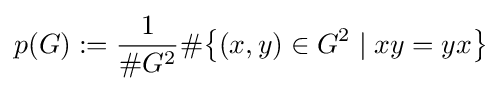
p(G):={\frac {1}{\#G^{2}}}\#\!\left\{(x,y)\in G^{2}\mid xy=yx\right\}